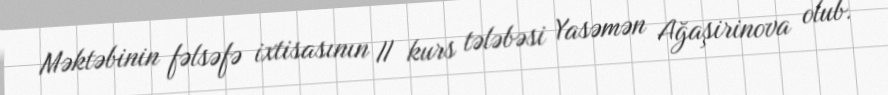
Məktəbinin fəlsəfə ixtisasının II kurs tələbəsi Yasəmən Ağaşirinova olub.